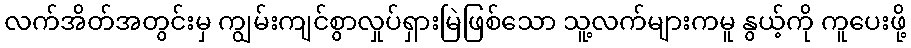
လက်အိတ်အတွင်းမှ ကျွမ်းကျင်စွာလှုပ်ရှားမြဲဖြစ်သော သူ့လက်များကမူ နွယ့်ကို ကူပေးဖို့